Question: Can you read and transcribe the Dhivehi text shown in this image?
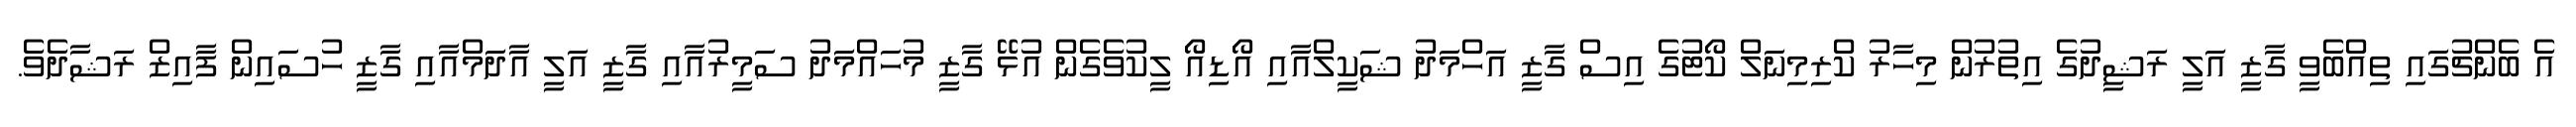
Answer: އެ ބެންޗުގައި ތިއްބެވީ ގާޒީ އަލީ ރަޝީދުގެ އިތުރުން މިހާރު ކްރިމިނަލް ކޯޓުގެ އިސް ގާޒީ އަހްމަދު ޝަކީލްއާއި އޯޑިއޯ ލީކުވެގެން އުޅޭ ގާޒީ މުހައްމަދު ސަމީރުއާއި ގާޒީ އަލީ އާދަމްއާއި ގާޒީ ހުސައިން ފާއިޒް ރަޝާދެވެ.